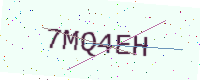
Text: 7MQ4EH